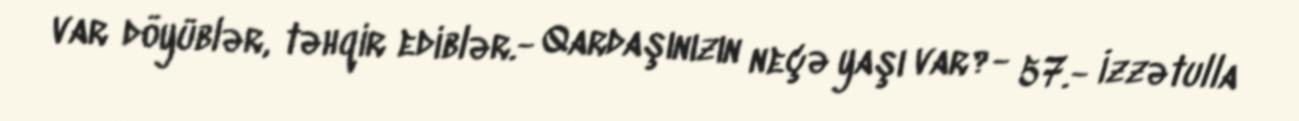
var döyüblər, təhqir ediblər.- Qardaşınızın neçə yaşı var?- 57.- İzzətulla